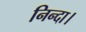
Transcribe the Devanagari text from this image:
निन्दा।